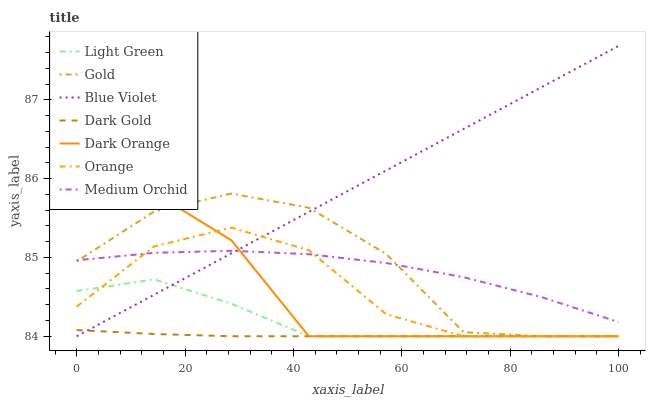
| xaxis_label | Light Green | Gold | Blue Violet | Dark Gold | Dark Orange | Orange | Medium Orchid |
 | --- | --- | --- | --- | --- | --- | --- | --- |
 | 0 | 84.6 | 84.9 | 84 | 84.1 | 85.8 | 84.4 | 85 |
 | 14.3 | 84.7 | 85.6 | 84.5 | 84 | 85.8 | 85.1 | 85.1 |
 | 28.6 | 84.4 | 85.8 | 85.1 | 84 | 85.2 | 85.4 | 85.1 |
 | 42.9 | 84 | 85.6 | 85.6 | 84 | 84 | 85.1 | 85 |
 | 57.1 | 84 | 85 | 86.1 | 84 | 84 | 84.3 | 84.9 |
 | 71.4 | 84 | 84.1 | 86.6 | 84 | 84 | 84 | 84.7 |
 | 85.7 | 84 | 84 | 87.2 | 84 | 84 | 84 | 84.5 |
 | 100 | 84 | 84 | 87.7 | 84 | 84 | 84 | 84.2 |